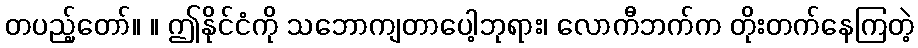
တပည့်တော်။ ။ ဤနိုင်ငံကို သဘောကျတာပေါ့ဘုရား၊ လောကီဘက်က တိုးတက်နေကြတဲ့